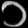
Digit: ၁